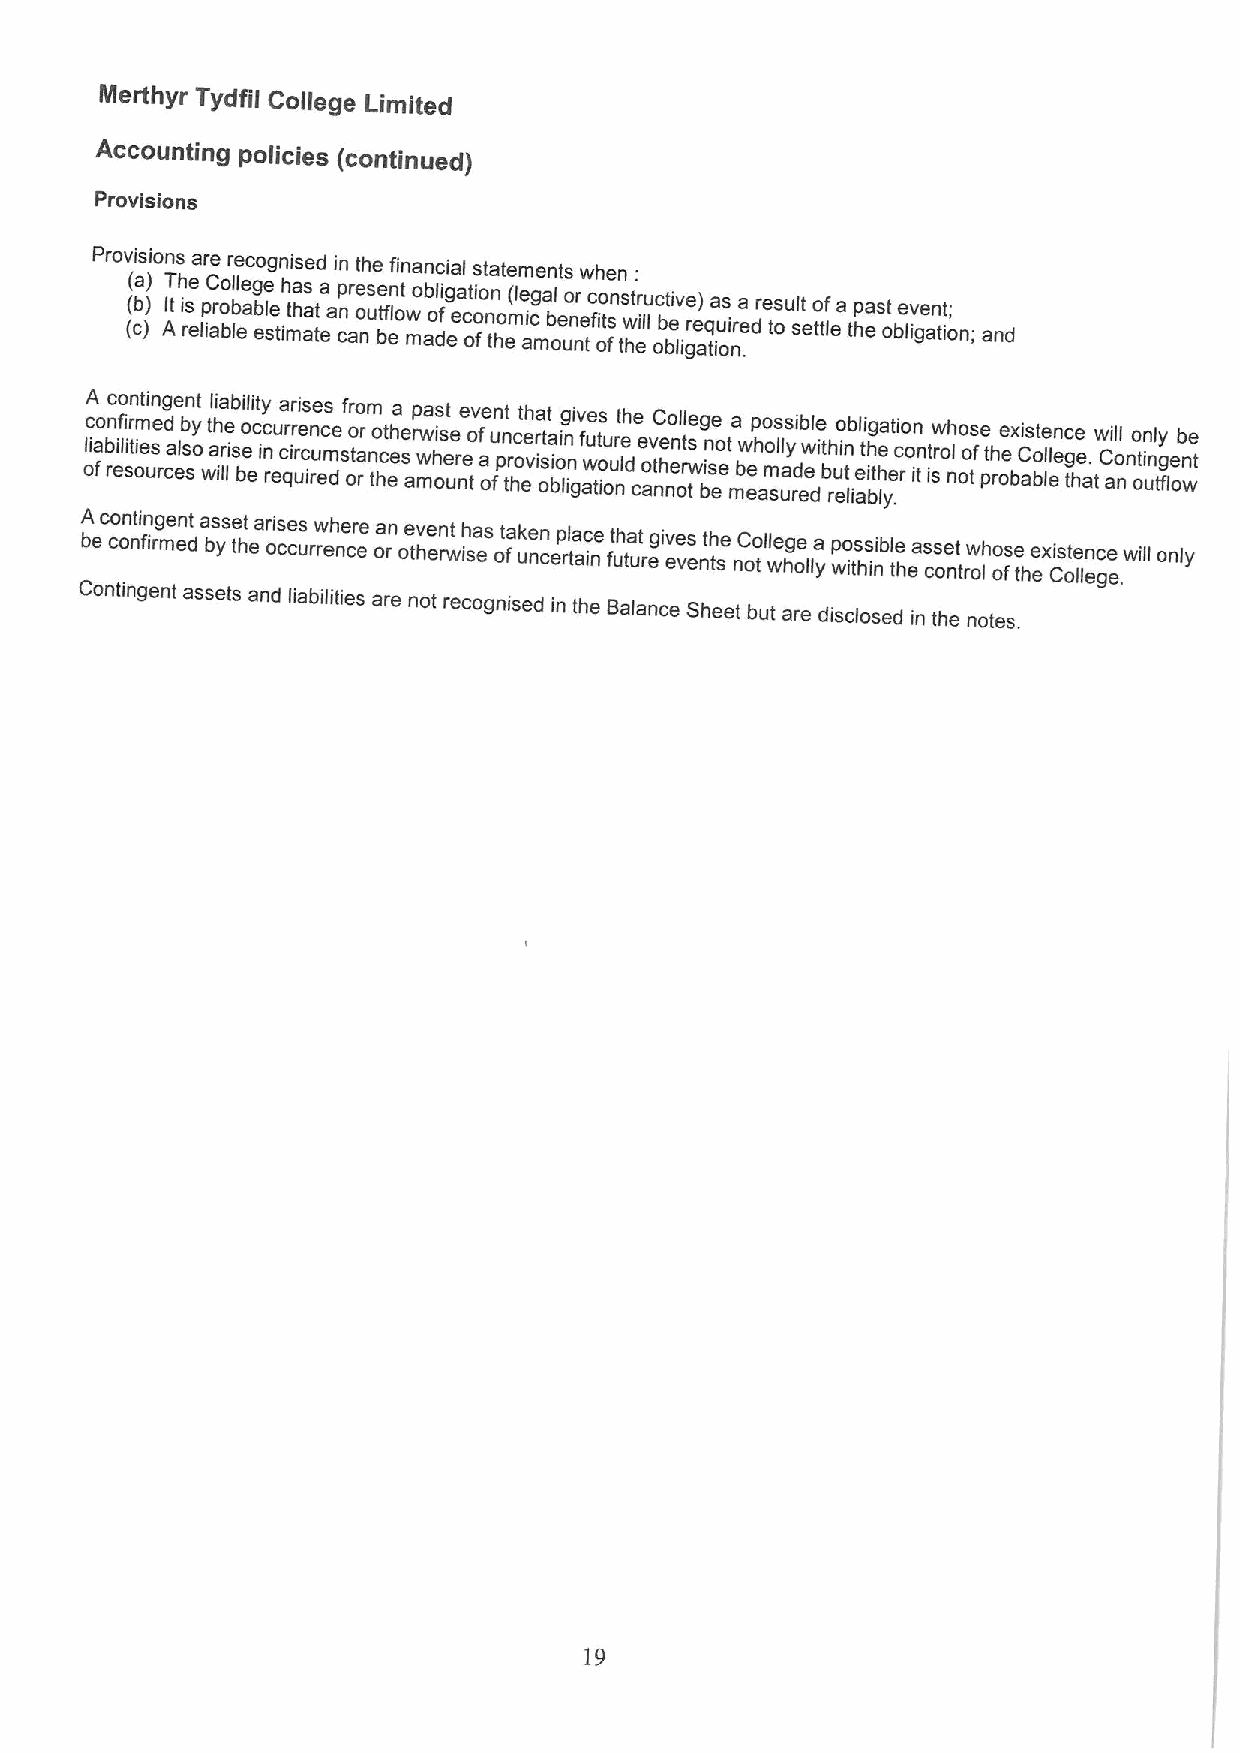
Merthyr Tydfii Coiiege Limited
 Accounting poiicies (continued)
 Provisions
 Provisions are recognised in the financial statements when:
 ((( cba ))) AT Ith i rse elp iC ar boo lbl el ae bg ele e stih mta h as a tt ea anp care o ns ue t bfn l eot w mob aol di fg eeat c oi oo fnn to hm e(l ie acg ma obl ueo nnr tefc ito osn fs twt hr i eu llc ot bi bv e le ig) re aq tia u os i nr .ea dre ts oul st eto tlf ea thp east obe lv ige an tt io;
 n; and
 olA c i fo abn rc i efo li i srn t om it ei usen rdg ce a en l sb st oy wt al ihi lra le ib si bel oi et cy ic n ru ea c qrr ir urei ics rne u ec ds me sf t oor ao rr nm tco het eh sa e arp w mwa i ohs s ut e e nre te ov fe a on u fpt n trc hoet evh r ita sa ot ii bon lng igiv af wue tis t o ou u nr let dh ce e aov ntC he nno e ortl tsl we ig bsne e eot ma bw eep h aoo m sls uly as ri d eb dewle it bh rui eo n t lb ial ei t big h t la h yet e .i ro con in tt irw solh noo o ts fe pth roe e bx aCis bot le elln ec g te he a. tw C ail o nl no t oin unl tgy fe lon wb te
 A bec co on nti fn irg men et d a bs yse tht ear oi cse cs urrw eh ne cr ee oa rn oe tv he en rwt ish eas ot fak ue nn cerp tala ince ft uh ta ut regiv eves ent th se nC oo tll we hg oe tya p wo its hs inible theas cs oe nt trow lho os fe theex Cis ote lln ec ge
 e.will only
 Contingent assets and liabilities are not recognised in the Balance Sheet but are disclosed in the notes.
 19